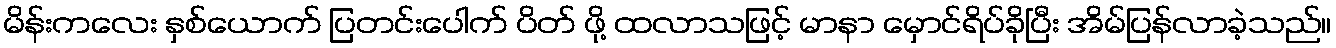
မိန်းကလေး နှစ်ယောက် ပြတင်းပေါက် ပိတ် ဖို့ ထလာသဖြင့် မာနာ မှောင်ရိပ်ခိုပြီး အိမ်ပြန်လာခဲ့သည်။